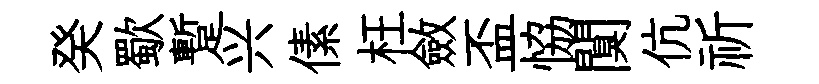
癸歜蹔兴傃枉斂盃恊闃伉祈